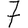
Digit: 7